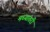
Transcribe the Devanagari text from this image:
मध्यांतरी